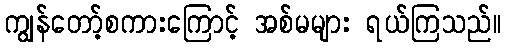
ကျွန်တော့်စကားကြောင့် အစ်မများ ရယ်ကြသည်။